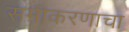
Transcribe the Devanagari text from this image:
समीकरणाचा